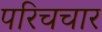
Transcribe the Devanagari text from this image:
परिचचार